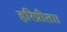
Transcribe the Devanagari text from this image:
हरिप्रीता।